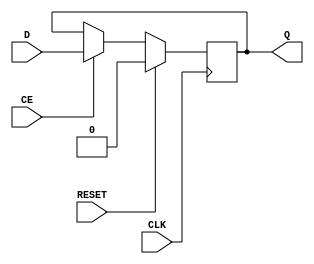
module myDFFNRE (output reg Q, input D, CLK, CE, RESET);
	parameter [0:0] INIT = 1'b0;
	initial Q = INIT;
	always @(negedge CLK) begin
		if (RESET)
			Q <= 1'b0;
		else if (CE)
			Q <= D;
	end
endmodule